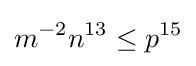
m^{-2}n^{13}\leq p^{15}